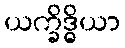
ယက္ခိဒ္ဓိယာ